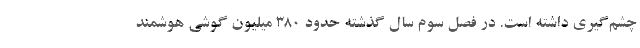
چشم‌گیری داشته است. در فصل سوم سال گذشته حدود 380 میلیون گوشی هوشمند